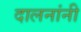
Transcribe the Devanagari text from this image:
दालनांनी